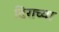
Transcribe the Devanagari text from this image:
दिराच्या